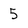
Character: 5